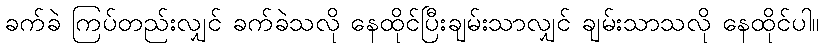
ခက်ခဲ ကြပ်တည်းလျှင် ခက်ခဲသလို နေထိုင်ပြီးချမ်းသာလျှင် ချမ်းသာသလို နေထိုင်ပါ။